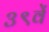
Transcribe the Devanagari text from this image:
३९वें